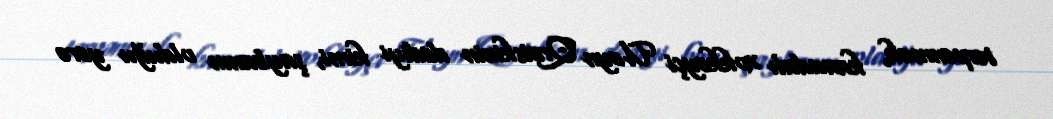
tərpənmək, kanadalı xokkeyçi Ueyn Qretskinin dediyi kimi, şaybanın olduğu yerə